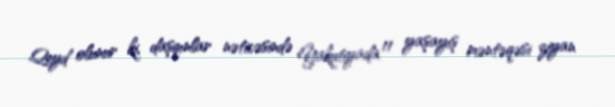
Qeyd olunur ki, daşqınlar nəticəsində Yakutiyada 11 yaşayış məntəqəsi ziyan